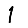
Digit: 1